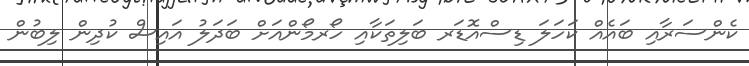
ކެންސަރާއި ބައެއް ކަހަލަ ޑިސްއޮޑަރ ބަލިތަކާއި ހޯރމޯންއަށް ބަދަލު އައިސް ކުދިން ލިބުން